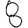
Digit: 8